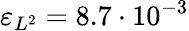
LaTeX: \varepsilon_{L^{2}}=8.7\cdot 10^{-3}